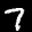
Label: 7